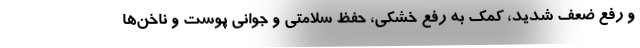
و رفع ضعف شدید، کمک به رفع خشکی، حفظ سلامتی و جوانی پوست و ناخن‌ها